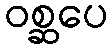
ဝစ္ဆပေ